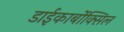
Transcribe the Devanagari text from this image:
डाईकार्बोक्सिल